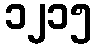
၁၂၁၅